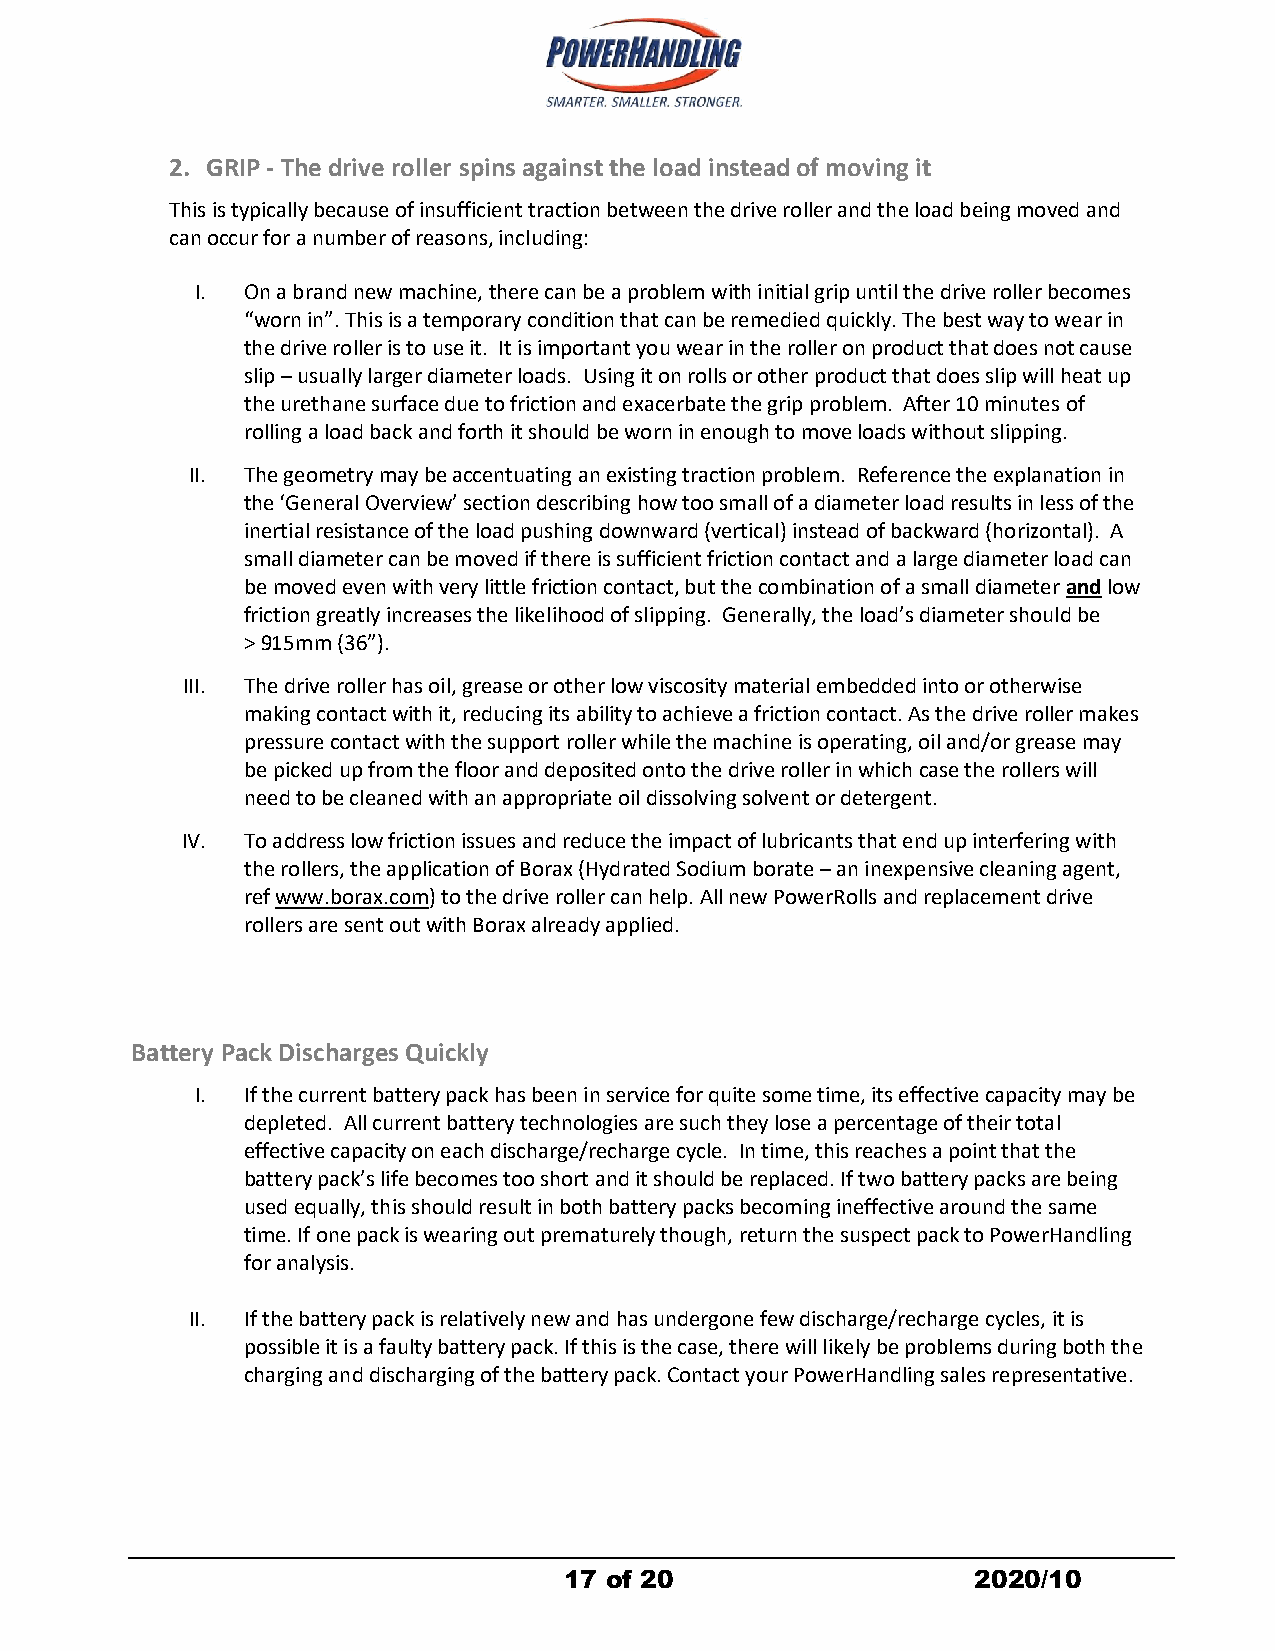
2. GRIP -The drive roller spins against the load instead of moving it
 This is typically because of insufficient traction between the drive roller and the load being moved and
 can occur for a number of reasons, including:
 I. On a brand new machine, there can be a problem with initial grip until the drive roller becomes
 “worn in”. This is a temporary conditionthat can be remedied quickly. The best way to wear in
 the drive roller is to use it. It is important you wear in the roller on product that does not cause
 slip –usually larger diameter loads. Using it on rolls or other product that does slip will heat up
 the urethane surface due to friction and exacerbate the grip problem. After 10 minutes of
 rolling a load back and forth it should be worn in enough to move loads without slipping.
 II. The geometry may be accentuating an existing traction problem. Reference the explanation in
 the ‘General Overview’ section describing how toosmall of a diameter load results in less of the
 inertial resistance of the load pushing downward (vertical) instead of backward (horizontal). A
 small diameter can be moved if there is sufficient friction contact and a large diameter load can
 be moved even with very little friction contact, but the combination of a small diameter and low
 friction greatly increases the likelihood of slipping. Generally, the load’s diameter should be
 > 915mm (36”).
 III. The drive roller has oil, grease or other low viscosity material embedded into or otherwise
 making contact with it, reducing its ability to achieve a friction contact. As the drive roller makes
 pressure contact with the support roller while the machine is operating, oil and/or grease may
 be picked up from the floor and deposited onto the drive roller in which case the rollers will
 need to be cleaned with an appropriate oil dissolving solvent or detergent.
 IV. To address low friction issues and reduce the impact of lubricants that end up interfering with
 the rollers, the application of Borax (Hydrated Sodium borate –an inexpensive cleaning agent,
 ref www.borax.com) to the drive roller can help. All new PowerRolls and replacement drive
 rollers are sent out with Borax already applied.
 Battery Pack Discharges Quickly
 I. If the current battery pack has been in service for quite some time, its effective capacity may be
 depleted. All current battery technologies are such they lose a percentage of their total
 effective capacity on each discharge/recharge cycle. In time, this reaches a point that the
 battery pack’s life becomestoo short and it should be replaced. If two battery packs are being
 used equally, this should result in both battery packs becoming ineffective around the same
 time. If one pack is wearing out prematurely though, return the suspect pack to PowerHandling
 for analysis.
 II. If the battery pack is relatively new and has undergone few discharge/recharge cycles, it is
 possible it is a faulty battery pack. If this is the case, there will likely be problems during both the
 charging and discharging of the battery pack. Contact your PowerHandling sales representative.
 17 of 20                   2020/10